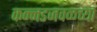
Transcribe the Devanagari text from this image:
कन्नडजवळच्या